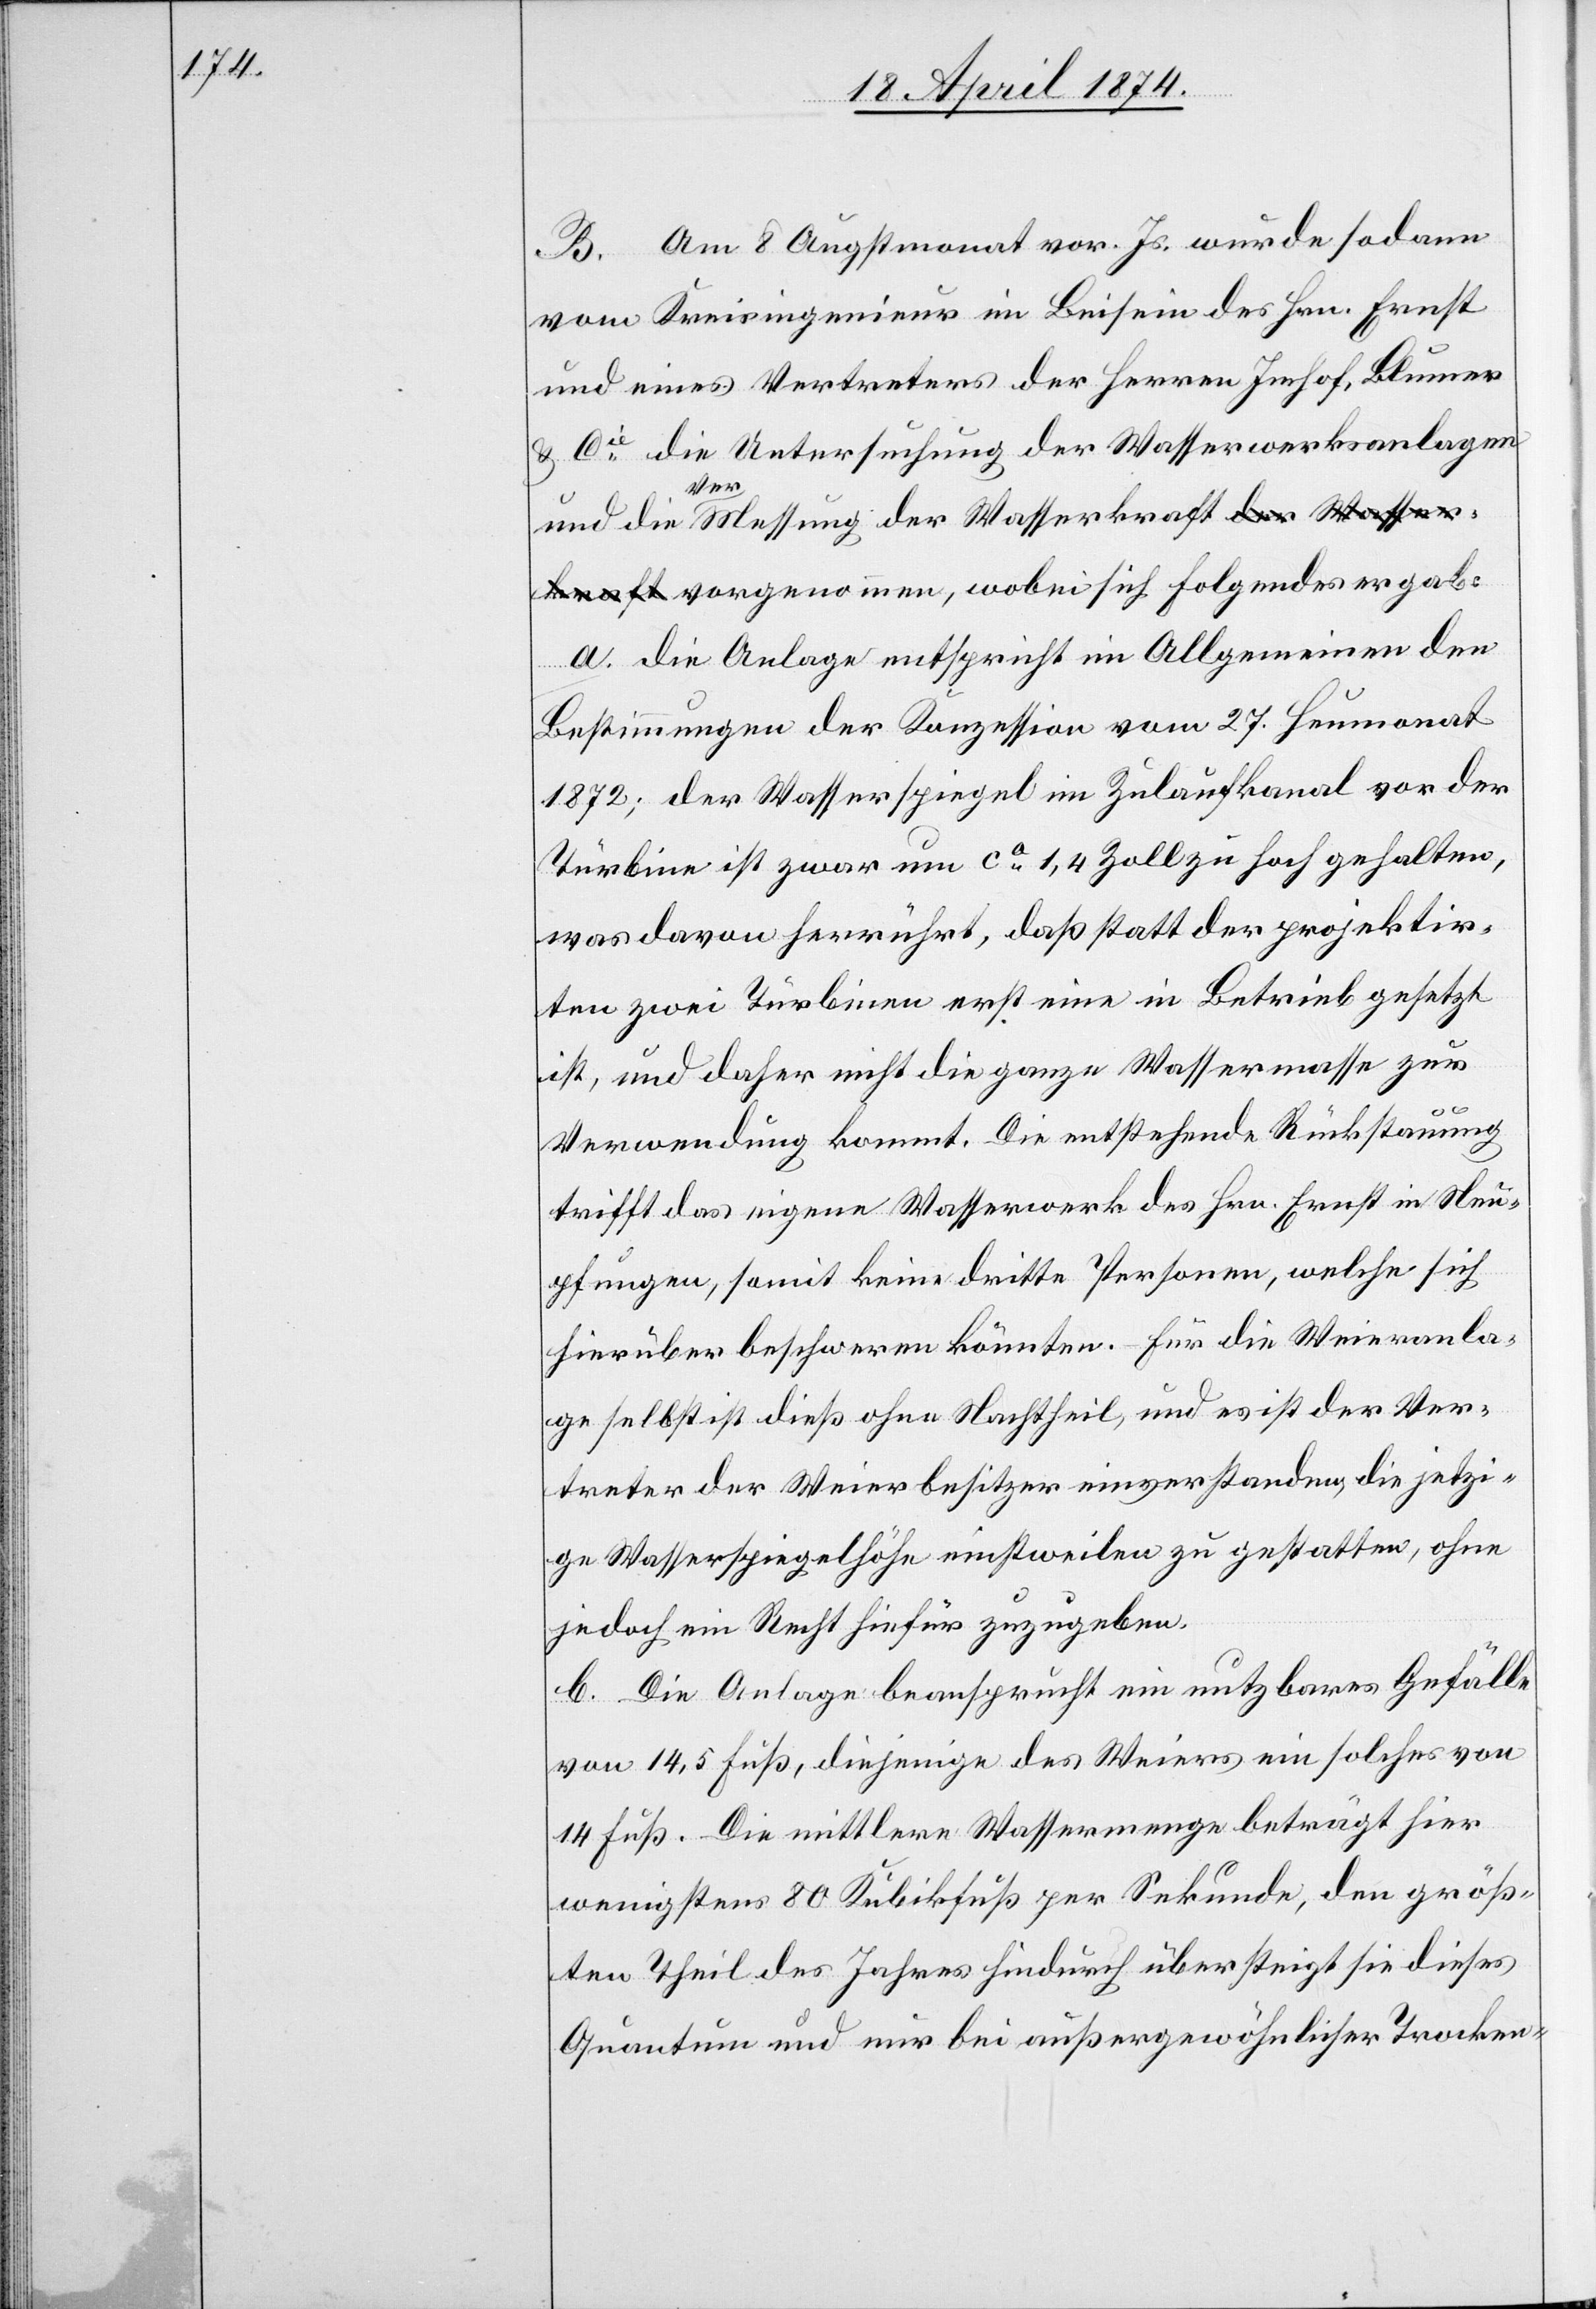
B. Am 8. Augstmonat vor. Js. wurde sodann
vom Kreisingenieur im Beisein des Hrn. Ernst
und eines Vertreters der Herren Imhof, Blumer
u. Cie die Untersuchung der Wasserwerksanlagen
und die Vermessung der Wasserkraft vorgenommen,
a. die Anlage entspricht im Allgemeinen den
Bestimmungen der Konzession vom 27. Heumonat
1872; der Wasserspiegel im Zulaufkanal vor der
Turbine ist zwar um ca 1,4 Zoll zu hoch gehalten,
was davon herrührt, daß statt der projektir¬
ten zwei Turbinen erst eine in Betrieb gesetzt
ist, und daher nicht die ganze Wassermasse zur
Verwendung kommt. Die entstehende Rückstauung
trifft das eigene Wasserwerk des Hrn. Ernst in Neu¬
pfungen [sic!], somit keine dritte Personen, welche sich
hierüber beschweren könnten. Für die Weieranla¬
ge selbst ist dieß ohne Nachtheil, und es ist der Ver¬
treter der Weierbesitzer einverstanden, die jetzi¬
ge Wasserspiegelhöhe einstweilen zu gestatten, ohne
jedoch ein Recht hiefür zugegeben.
b. Die Anlage beansprucht ein nutzbares Gefälle
von 14,5 Fuß, diejenige des Weiers ein solches von
14 Fuß. Die mittlere Wassermenge beträgt hier
wenigstens 80 Kubikfuß per Sekunde, den größ¬
ten Theil des Jahres hindurch übersteigt sie dieses
Quantum und nur bei außergewöhnlicher Trocken-